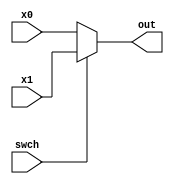
module Mux_2_to_1 (input [31:0] x0,
        input [31:0] x1,
        input swch, 
        output reg [31:0] out);

    always @(*) begin
        if (swch == 1'b0) begin
            out = x0;
        end
        else begin
            out = x1;
        end
    end

endmodule